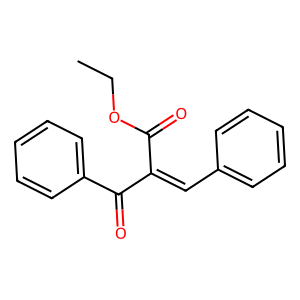
SMILES: CCOC(=O)C(=Cc1ccccc1)C(=O)c1ccccc1
Inhibits HIV replication: No